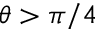
\theta > \pi / 4